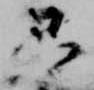
只